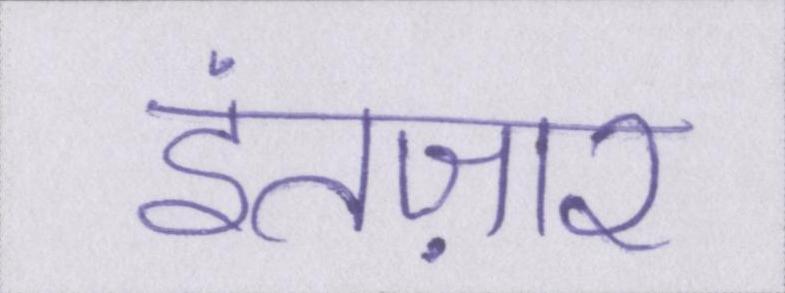
इंतज़ार